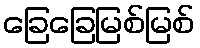
ခြေခြေမြစ်မြစ်